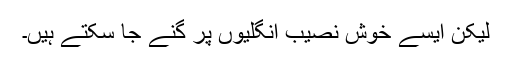
لیکن ایسے خوش نصیب انگلیوں پر گنے جا سکتے ہیں۔